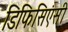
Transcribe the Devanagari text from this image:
डिफिसिएंसी